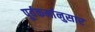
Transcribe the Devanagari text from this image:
पूर्वकर्मानुसार